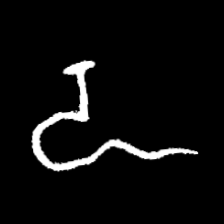
Pyu character \u2014 Myanmar letter: ဍ (romanized: dda)